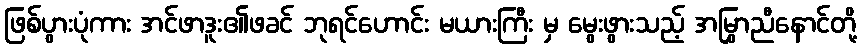
ဖြစ်ပွားပုံကား အင်ဖာဒူး၏ဖခင် ဘုရင်ဟောင်း မယားကြီး မှ မွေးဖွားသည့် အမြွှာညီနောင်တို့